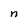
Character: n